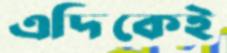
এদিকেই